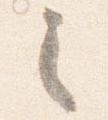
之